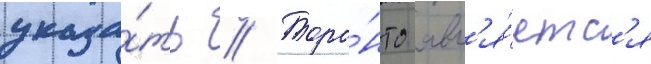
указа́ть // Торо́нто явл'я́етс'я